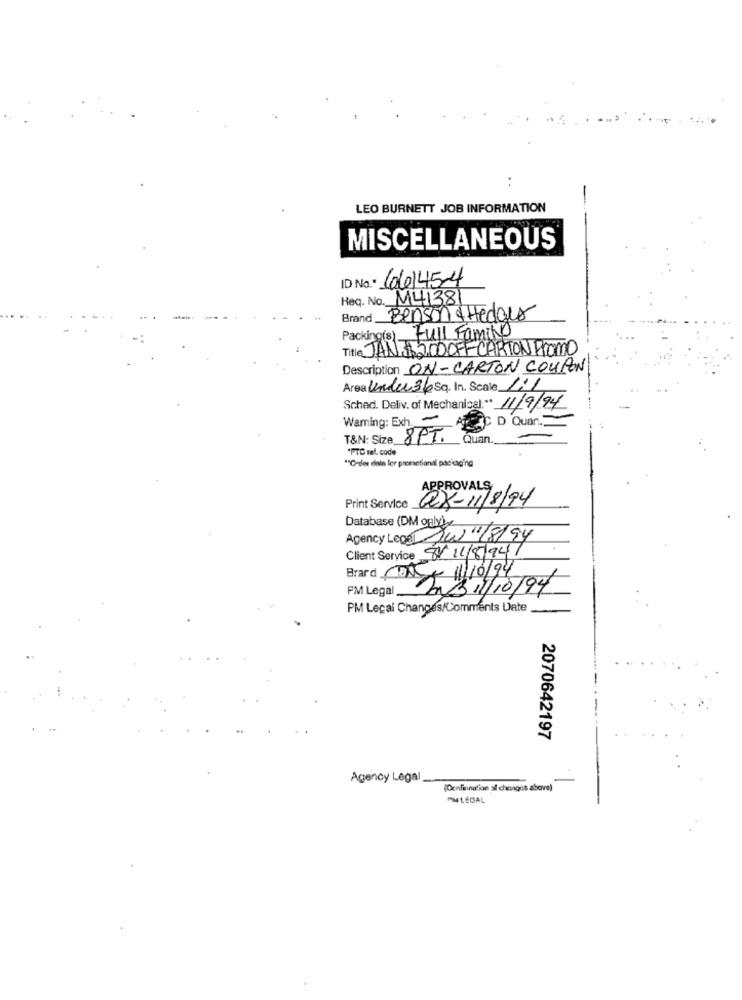
..
LEO BURNETT JOB INFORMATION
MISCELLANEOUS
ID No .* 106145-4
Heq. No. M41381
Brand
Benson & Hedges
Packing(s) Full Family
Title JAN $200OFFCARTON PROMO
Description ON-CARTON COUPON
Area Under 36 Sq. In. Scale 1:1
Sched. Deliv. of Mechanical :** 11/9/94
Warming: Exh. -
C D Quan.
T&N: Size 8PT. Quan.
*PTC rel. code
** Order dale ler prometianal pasosging
APPROVALS
QX- 11/8/94
Print Service
Database (DM galy)
Agency Legal /01/8/94
Client Service 8/11/8/94/
FM Legal_
Bil/ 10/94
PM Lecal Changes/Comments Date
2070642197
Agency Legal
(DenfinnaSion al chengos above)
AMLEGAL